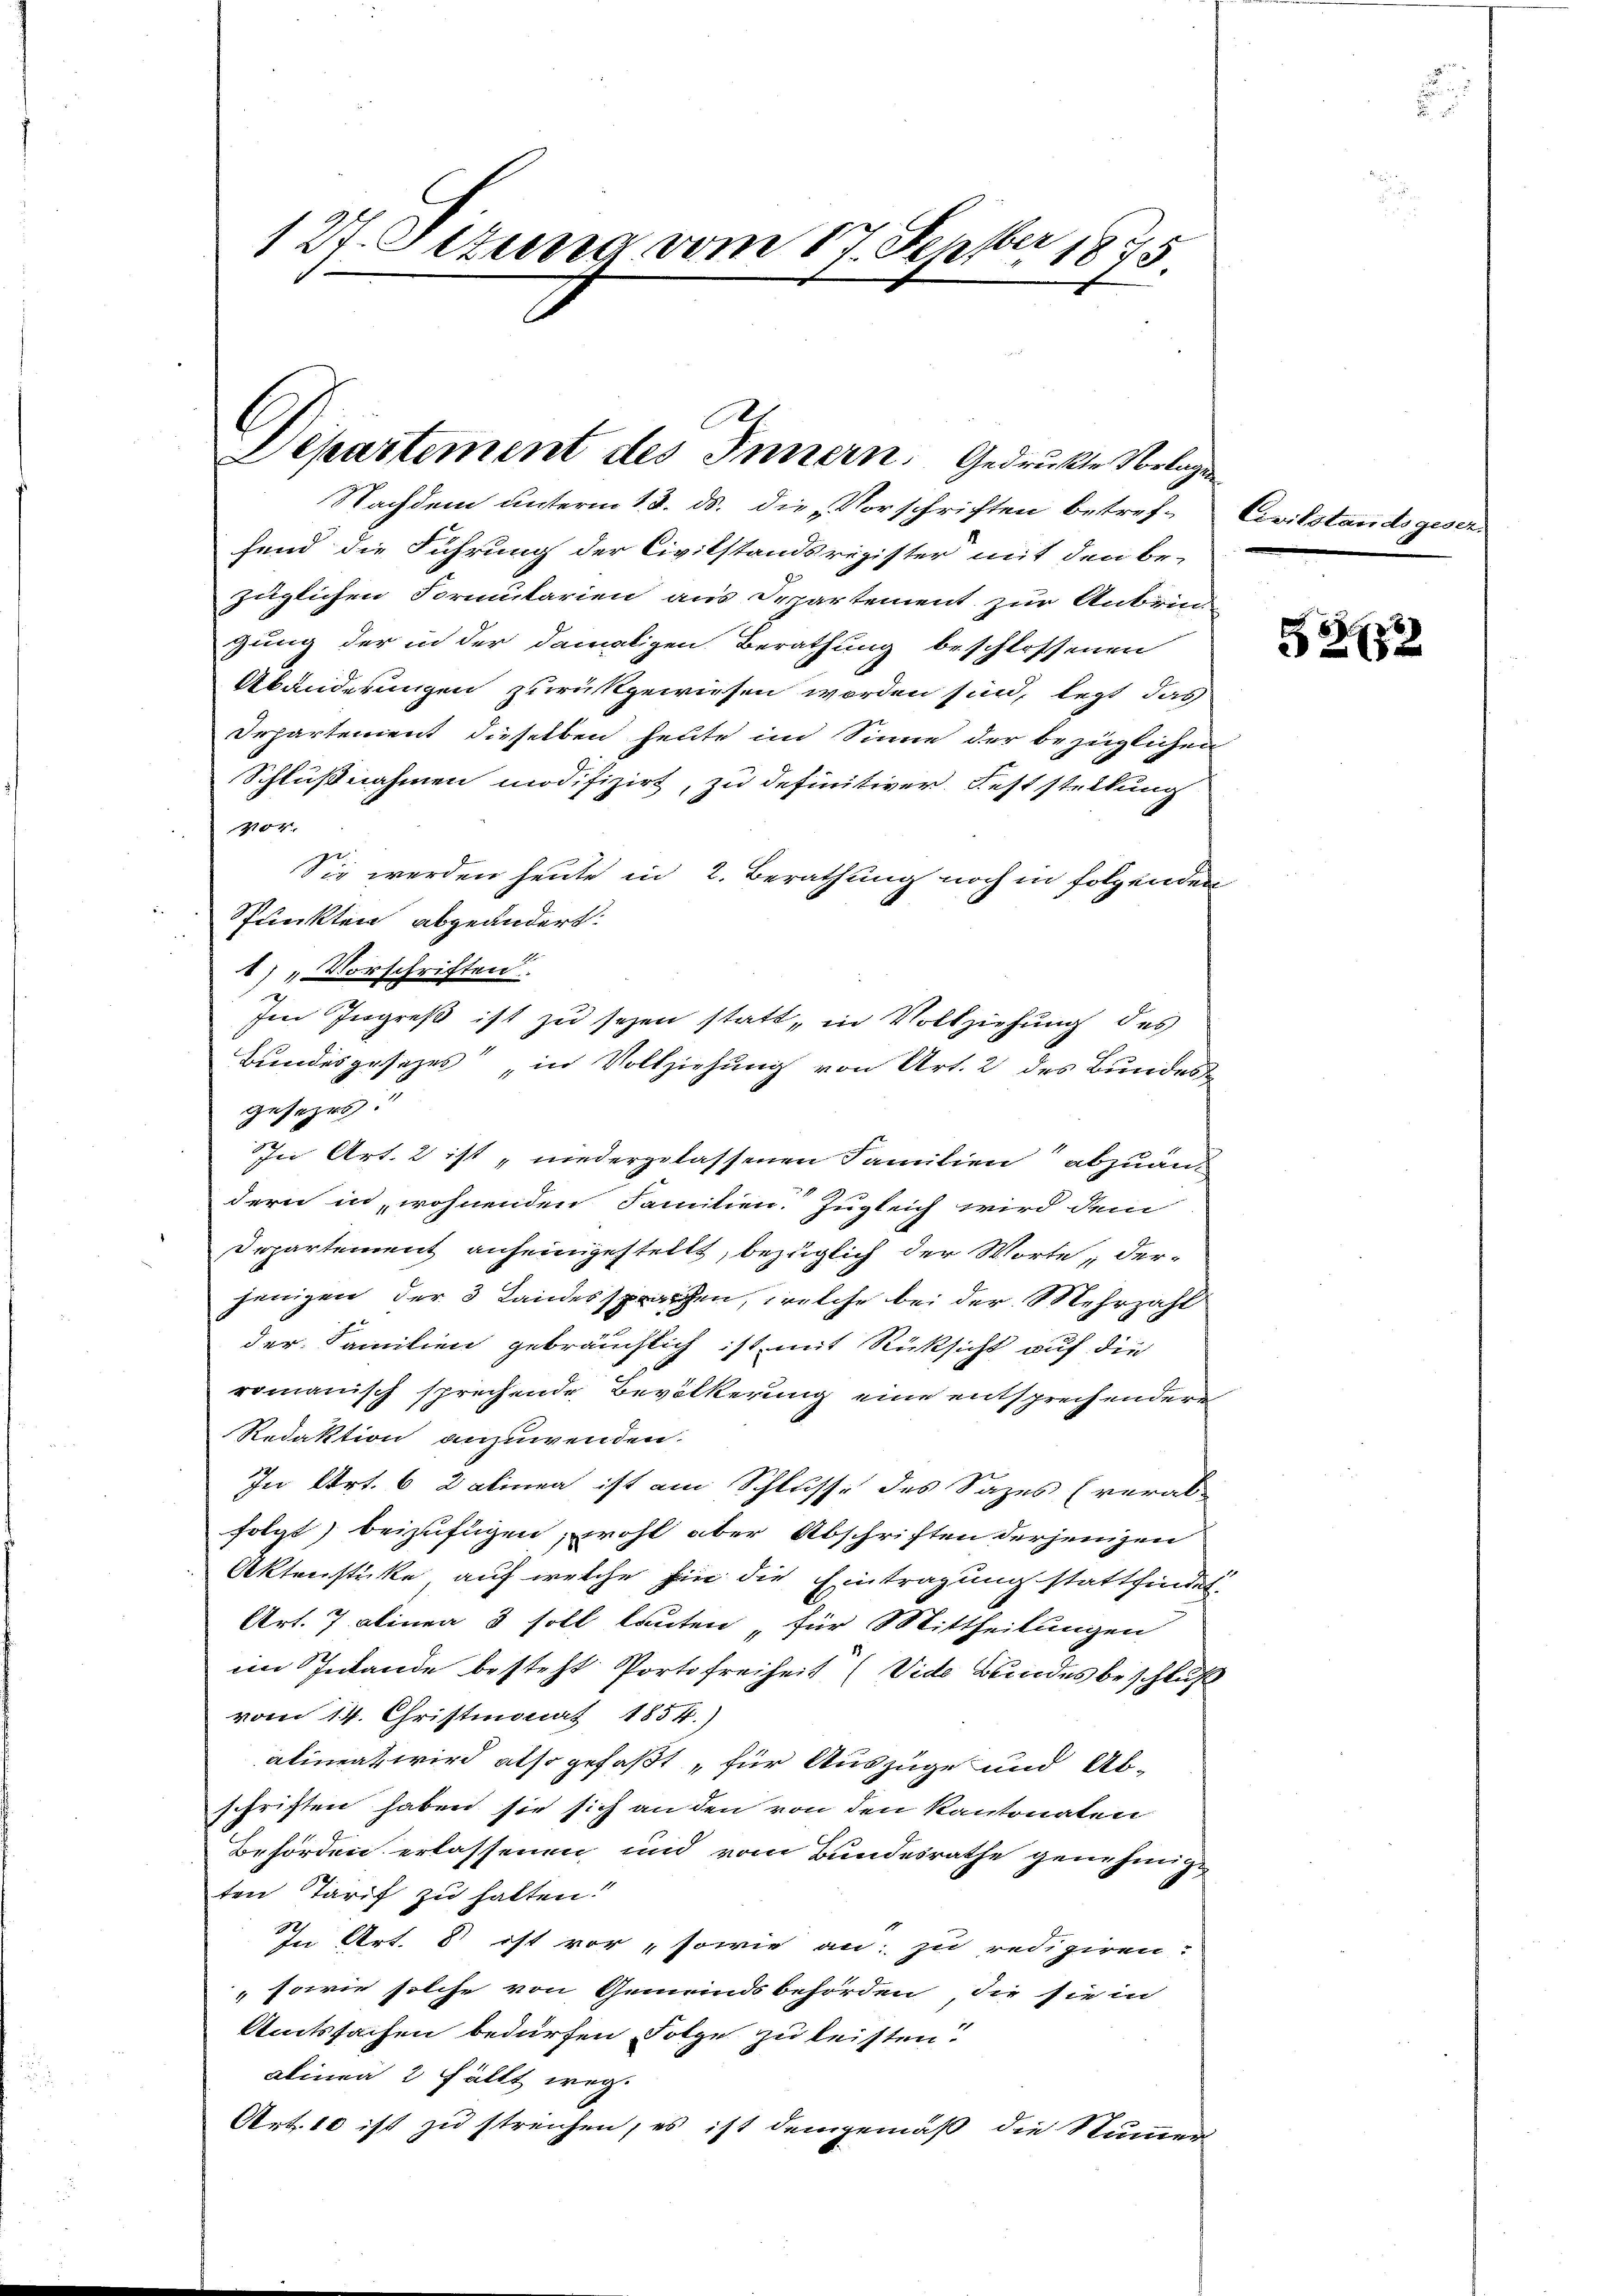
1 Pf. Stzung vom 17.
Nefte
1721

e
Departement des Innern. Gedruckte Vorlagen

Nachdem unterm 13. ds. die Vorschriften betref- Civilstandsgesen.
fend die Führung der Civilstandsregister mit den be-
züglichen Formularien aus Departement zur Anbrin-
zung der in der damaligen Berathung beschlossenen
Abänderungen zurückgewiesen worden sind, legt das
Departement dieselben heute im Sinne der bezüglichen
Schlußnahmen modifizirt, zu definitiver Feststellung
404.
Sie werden heute in 2. Berathung noch in folgenden
Spunkten abgeändert.
1) „Vorschriften.
gesezes
In Art. 2 ist „niedergelassenen Familien“ abzuändern in wohnenden Familien. Zugleich wird dem
Departement anheimgestellt, bezüglich der Worte, derjenigen der 3 Landessprachen, welche bei der Mehrzahl
der Familien gebräuchlich ist mit Rücksicht auf die
romanisch sprechende Bevölkerung eine entsprechendere
Redaktion anzuwenden.
In Art. 6 Balinen ist am Schlusse des Sazes (veral-
folgt) beizufügen, wohl aber Abschriften derjenigen
Aktenstücke auf welche Ein die Eintragung stattfindet.
Art. 7 alinen 3 soll lauten für Mittheilungen
im Inlande besteht Portofreiheit (Vide Bundes beschluß
vom 14. Christmonat 1854.)
alineat wird also gefaßt für Auszüge und Abschriften haben sie sich an den von den Kantonaten
Behörden erlassenen und vom Bundesrathe genehmigt
ten Tarif zu halten.
In Art. 8 ist vor, sowie an: zu redigiren?
 sowie solche von Gemeindsbehörden, die sie in
Amtssachen bedürfen Folge zu leisten?
alinea 2 Fällt weg.
Art. 10 ist zu streichen, es ist demgemäß die Stummer

Im Ingreß ist zu seyen statt, in Vollziehung des
Bundesgesezes“ „in Vollziehung von Art. 2 des Bundes¬

E
2732